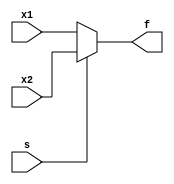
module mux_2to1 (
  input x1, x2, s,
  output reg f
);

  always @* begin
    if (s == 0) begin
      f = x1;
    end
    else begin
      f = x2;
    end
  end
endmodule